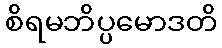
စိရမဘိပ္ပမောဒတိ